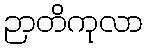
ဉာတိကုလာ